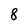
Character: 8